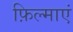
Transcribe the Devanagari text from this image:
फ़िल्माएं